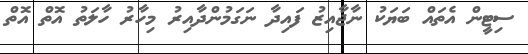
ސިޓީން އެތައް ބަޔަކު ނާޖާއިޒު ފައިދާ ނަގަމުންދާއިރު މިހާރު ހާލަތު އޮތް އޮތް